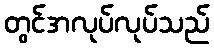
တွင်အလုပ်လုပ်သည်